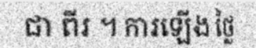
ជា ពីរ ។ ការឡើង ថ្លៃ